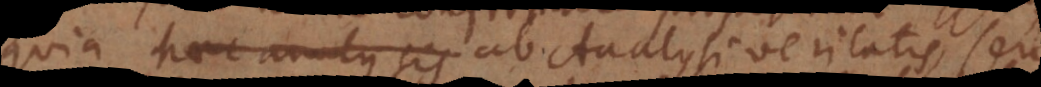
quia haec analysis ab Analysi veritatis, seu